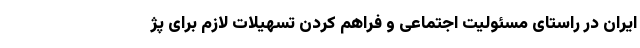
ایران در راستای مسئولیت اجتماعی و فراهم کردن تسهیلات لازم برای پژ